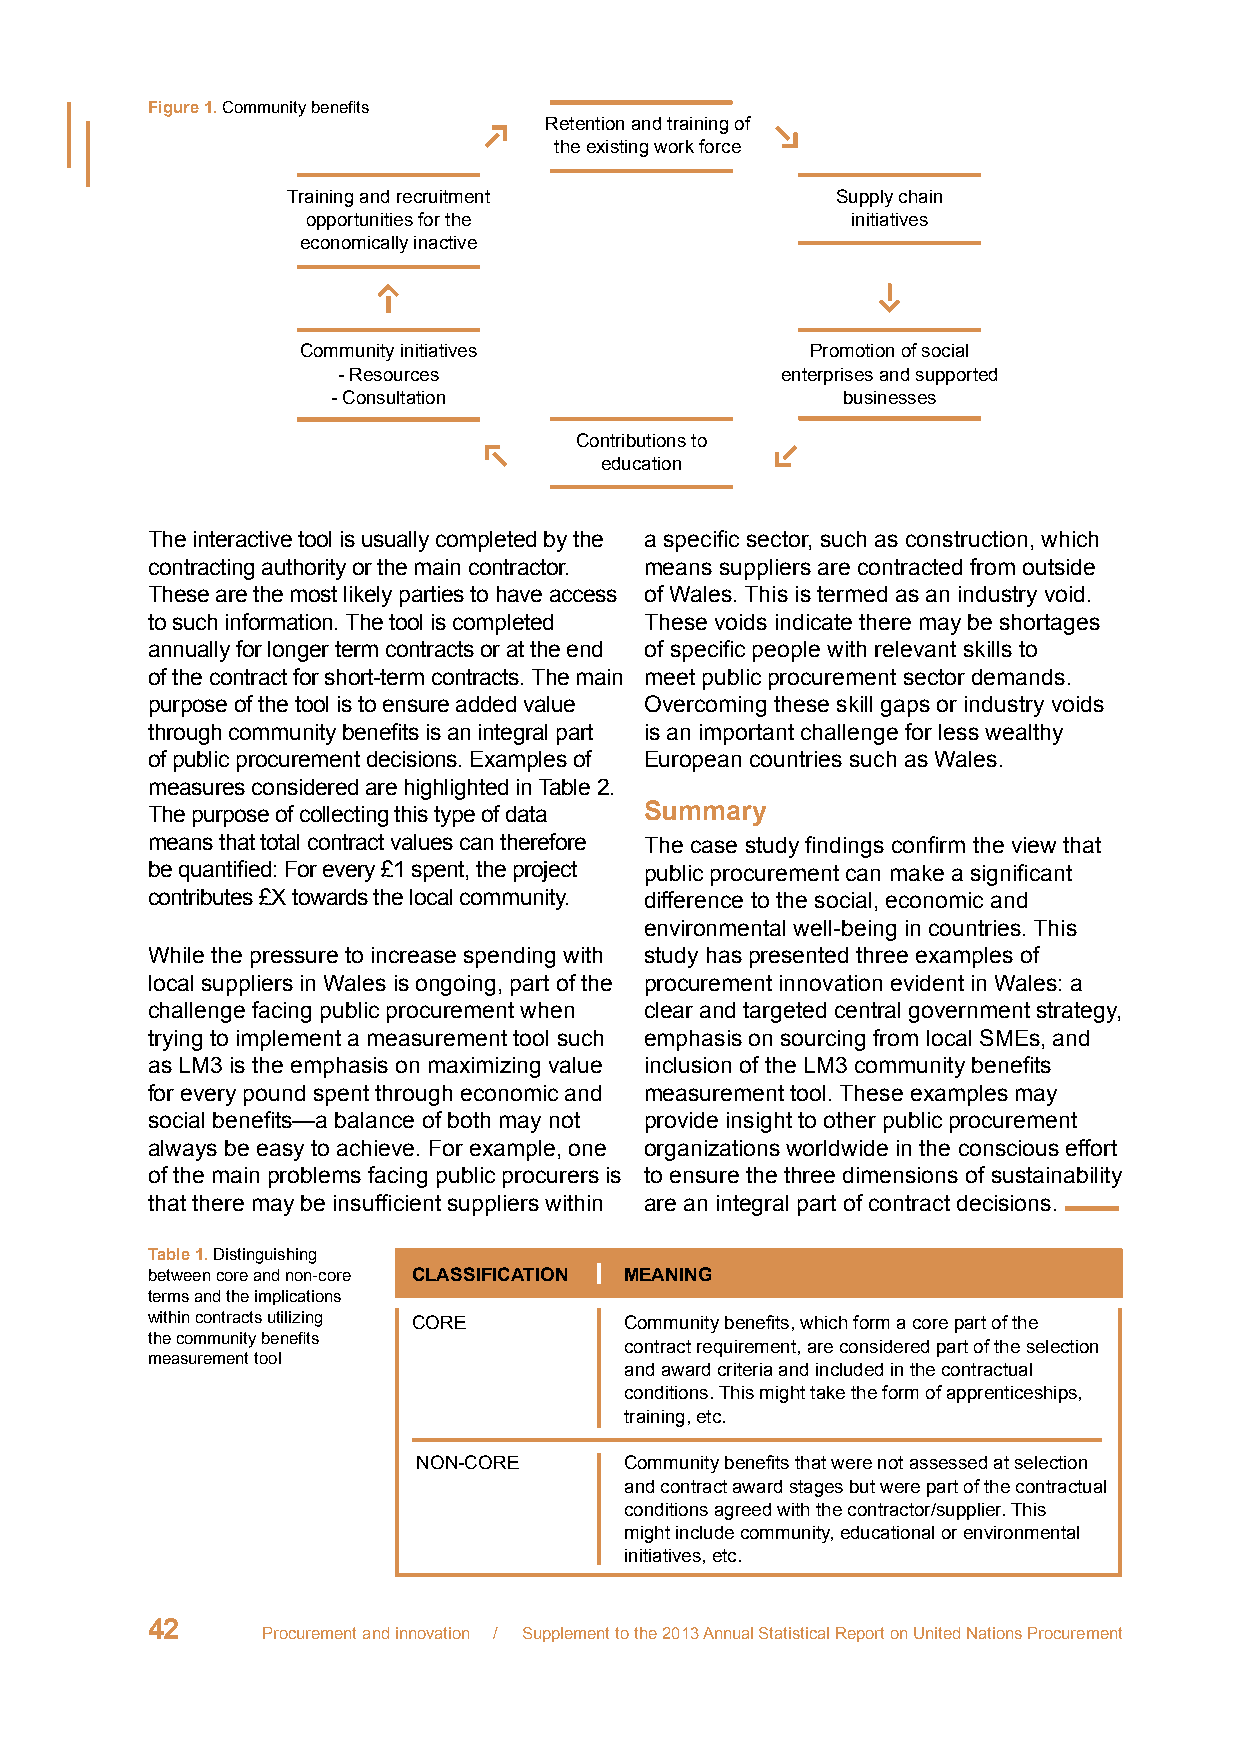
Figure 1. Community benefits
 Retention and training of
 the existing work force
 Training and recruitment            Supply chain
 opportunities for the               initiatives
 economically inactive
 Community initiatives             Promotion of social
 - Resources                   enterprises and supported
 - Consultation                    businesses
 Contributions to
 education
 The interactive tool is usually completed by the a specific sector, such as construction, which
 contracting authority or the main contractor. means suppliers are contracted from outside
 These are the most likely parties to have access of Wales. This is termed as an industry void.
 to such information. The tool is completed These voids indicate there may be shortages
 annually for longer term contracts or at the end of specific people with relevant skills to
 of the contract for short-term contracts. The main meet public procurement sector demands.
 purpose of the tool is to ensure added value Overcoming these skill gaps or industry voids
 through community benefits is an integral part is an important challenge for less wealthy
 of public procurement decisions. Examples of European countries such as Wales.
 measures considered are highlighted in Table 2.
 The purpose of collecting this type of data Summary
 means that total contract values can therefore The case study findings confirm the view that
 be quantified: For every £1 spent, the project public procurement can make a significant
 contributes £X towards the local community. difference to the social, economic and
 environmental well-being in countries. This
 While the pressure to increase spending with study has presented three examples of
 local suppliers in Wales is ongoing, part of the procurement innovation evident in Wales: a
 challenge facing public procurement when clear and targeted central government strategy,
 trying to implement a measurement tool such emphasis on sourcing from local SMEs, and
 as LM3 is the emphasis on maximizing value inclusion of the LM3 community benefits
 for every pound spent through economic and measurement tool. These examples may
 social benefits—a balance of both may not provide insight to other public procurement
 always be easy to achieve. For example, one organizations worldwide in the conscious effort
 of the main problems facing public procurers is to ensure the three dimensions of sustainability
 that there may be insufficient suppliers within are an integral part of contract decisions.
 Table 1. Distinguishing
 between core and non-core CLASSIFICATION MEANING
 terms and the implications
 within contracts utilizing CORE Community benefits, which form a core part of the
 the community benefits
 contract requirement, are considered part of the selection
 measurement tool
 and award criteria and included in the contractual
 conditions. This might take the form of apprenticeships,
 training, etc.
 NON-CORE     Community benefits that were not assessed at selection
 and contract award stages but were part of the contractual
 conditions agreed with the contractor/supplier. This
 might include community, educational or environmental
 initiatives, etc.
 42
 Procurement and innovation / Supplement to the 2013 Annual Statistical Report on United Nations Procurement